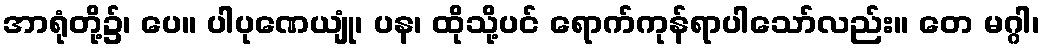
အာရုံတို့၌၊ ပေ။ ပါပုဏေယျုံ၊ ပန၊ ထိုသို့ပင် ရောက်ကုန်ရာပါသော်လည်း။ တေ မဂ္ဂါ၊